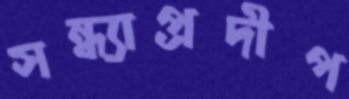
সন্ধ্যাপ্রদীপ